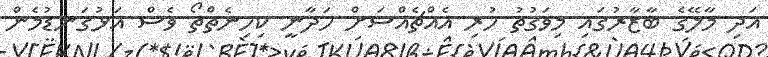
އަދި މާލޭގެ ބާޒާރުގައި މިވަގުތު ހުރި އެއްޗެއްސަށް ހަދާނީ ކިހިނެތްތޯ ވެސް އަޅުގަނޑުމެން